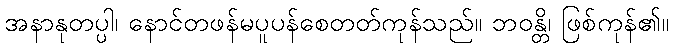
အနာနုတပ္ပါ၊ နောင်တဖန်မပူပန်စေတတ်ကုန်သည်။ ဘဝန္တိ၊ ဖြစ်ကုန်၏။